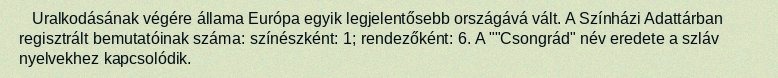
Uralkodásának végére állama Európa egyik legjelentősebb országává vált. A Színházi Adattárban regisztrált bemutatóinak száma: színészként: 1; rendezőként: 6. A ""Csongrád" név eredete a szláv nyelvekhez kapcsolódik.